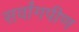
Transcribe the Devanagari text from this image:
सर्वांगपीण